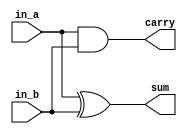
`timescale 1ns/1ns

module Half_Adder (
    input in_a, in_b,
    output sum, carry
);
    
    assign sum = in_a ^ in_b;
    assign carry = in_a & in_b;

endmodule

module Full_Adder (
    input a, b, cin,
    output fsum, cout
);
    wire s1, c1, c2;
    Half_Adder HA1(.in_a(a), .in_b(b), .sum(s1), .carry(c1));
    Half_Adder HA2(.in_a(s1), .in_b(cin), .sum(fsum), .carry(c2));
    assign cout = c1 | c2;

endmodule

module Carry_Lookahead_Adder(
    input [3:0] A, B,
    output [3:0] S,
    output c
);

    wire [4:0] C;
    wire [3:0] P, G;
    assign C[0] = 1'b0;

    genvar i;

    generate

    for(i=0; i<4; i=i+1)
    begin
        Half_Adder HA(.in_a(A[i]), .in_b(B[i]), .sum(P[i]), .carry(G[i]));
        assign C[i+1] = G[i] | (P[i] & C[i]);
    end

    for(i=0; i<4; i=i+1)
        Full_Adder FA(.a(A[i]), .b(B[i]), .cin(C[i]), .fsum(S[i]));

    endgenerate

    assign c = C[4];

endmodule

module Carry_Lookahead_tb;
    reg [3:0] A, B;
    wire [3:0] S;
    wire c;

    Carry_Lookahead_Adder Add (
        .A(A),
        .B(B),
        .S(S),
        .c(c)
    );


    initial
    begin
        $dumpfile("Carry_Lookahead.vcd");
        $dumpvars(0, Carry_Lookahead_tb);
    end

    initial
    begin
        A = 4'b0000;
        B = 4'b0110;
        #50;
        A = 4'b1010;
        B = 4'b0001;
        #50;
        A = 4'b0111;
        B = 4'b1010;
        #50;
        A = 4'b0101;
        B = 4'b1111;
        #50;
        A = 4'b1100;
        B = 4'b1101;
        #50;
        A = 4'b0111;
        B = 4'b1001;
        #50;
        A = 4'b0001;
        B = 4'b1111;
        #50;
        A = 4'b0101;
        B = 4'b1010;
        #50;
        A = 4'b1111;
        B = 4'b1010;
        #50;
        A = 4'b1010;
        B = 4'b0011;
        #50;
        A = 4'b1000;
        B = 4'b0111;
        #50;
        A = 4'b0101;
        B = 4'b0001;
        #50;
        A = 4'b0101;
        B = 4'b1111;
        #50;
        A = 4'b1011;
        B = 4'b1001;
        #50;
        A = 4'b0001;
        B = 4'b0010;
        #50;
        A = 4'b1101;
        B = 4'b1111;
        #50;
    end
    
    initial
    begin
        $monitor("A = %b\tB = %b\tSum = %b\tCarry = %d", A, B, S, c);
    end

endmodule